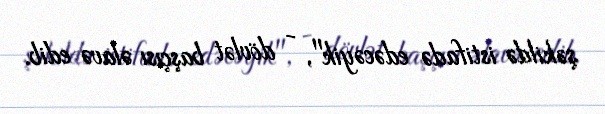
şəkildə istifadə edəcəyik", - dövlət başçısı əlavə edib.